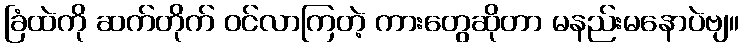
ခြံထဲကို ဆက်တိုက် ဝင်လာကြတဲ့ ကားတွေဆိုတာ မနည်းမနောပဲဗျ။